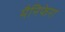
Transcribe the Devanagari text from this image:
मैनिफेरा